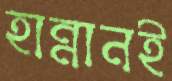
হান্নানই